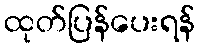
ထုတ်ပြန်ပေးရန်